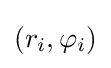
(r_{i},\varphi _{i})